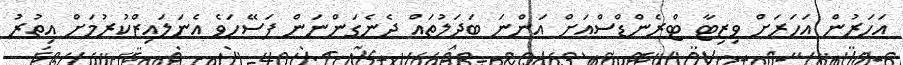
އަހަރުން އަހަރަށް ވިޒިޓާ ޓްރެންޑްސްއަށް އަންނަ ބަދަލުތައް ދެނެގަންނަން ފަސޭހަވެ އެނަލައިޒްކުރުމަށް އިތުރު